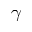
\gamma